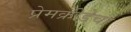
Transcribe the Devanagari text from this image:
प्रेमक्रीडेचा